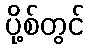
ပို့စ်တွင်